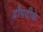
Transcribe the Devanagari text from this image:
द्रौपदीके